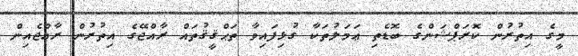
މީގެ އިތުރުން ކޮރަޕްޝަންގެ ބޮޑެތި ޢަމަލުތަކާ ގުޅިފައިވާ ތަޙްޤީޤުތައް ރާއްޖޭގެ އިތުރުން ރާއްޖެއިން